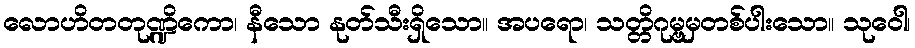
လောဟိတတုဏ္ဍိကော၊ နီသော နုတ်သီးရှိသော။ အပရော၊ သတ္တိဂုမ္ဗမှတစ်ပါးသော။ သုဝေါ၊